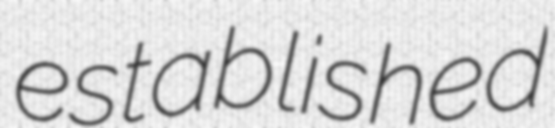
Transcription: established